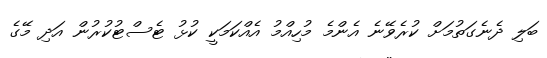
ބަލި ދެނެގަތުމަށް ކުރެވޭނެ އެންމެ މުހިއްމު އެއްކަމަކީ ކުޅު ޓެސްޓުކުރުން އަދި މޭގެ